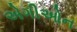
એગીઓન